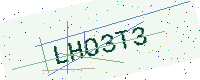
Text: LHO3T3